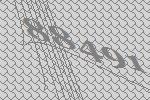
88491